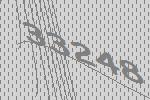
33248